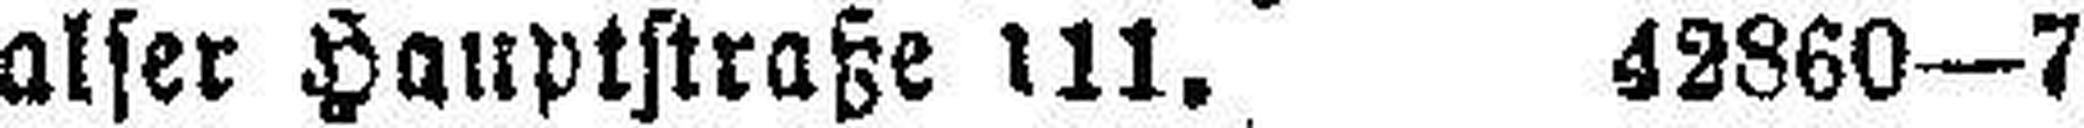
Hernalser Hauptstraße 111. 42860—7